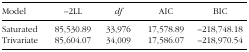
<table><thead><tr><td><b>Model</b></td><td><b>–2LL</b></td><td><b><i>df</i></b></td><td><b>AIC</b></td><td><b>BIC</b></td></tr></thead><tbody><tr><td>Saturated</td><td>85,530.89</td><td>33,976</td><td>17,578.89</td><td>–218,748.18</td></tr><tr><td>Trivariate</td><td>85,604.07</td><td>34,009</td><td>17,586.07</td><td>–218,970.54</td></tr></tbody></table>